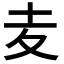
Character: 𡕟